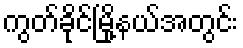
ကွတ်ခိုင်မြို့နယ်အတွင်း